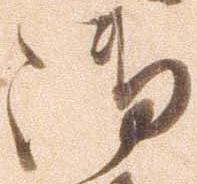
御